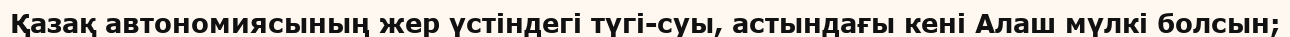
Қазақ автономиясының жер үстіндегі түгі-суы, астындағы кені Алаш мүлкі болсын;